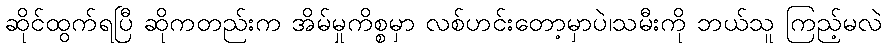
ဆိုင်ထွက်ရပြီ ဆိုကတည်းက အိမ်မှုကိစ္စမှာ လစ်ဟင်းတော့မှာပဲ၊သမီးကို ဘယ်သူ ကြည့်မလဲ